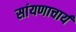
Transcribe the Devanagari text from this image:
सांयणाचार्य